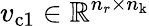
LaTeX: v_{\mathrm{c1}}\in\mathbb{R}^{n_{r}\times n_{\mathrm{k}}}